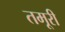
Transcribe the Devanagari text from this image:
तमूरी